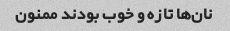
نان‌ها تازه و خوب بودند ممنون